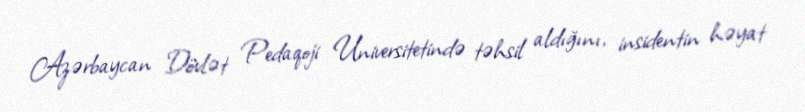
Azərbaycan Dövlət Pedaqoji Universitetində təhsil aldığını, insidentin həyat